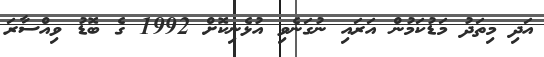
އަދި މިތަދު މަޑުކަމުން އަރައި ނުގަނެވި އުޅެނިކޮށް 1992 ގެ ބޮޑު ވިއްސާރަ